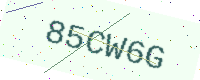
Text: 85CW6G